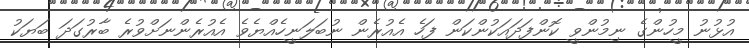
އުޅުނު މީހުންގެ ނިމުންވީ ކޮންފަދައަކުންކަން ފަހެ އެއުރެން ނުބަލަނީހެއްޔެވެ އެއުރެންނަށްވުރެ ބާރުގަދަ ބަޔަކު